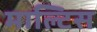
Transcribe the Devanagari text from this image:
माल्टिस